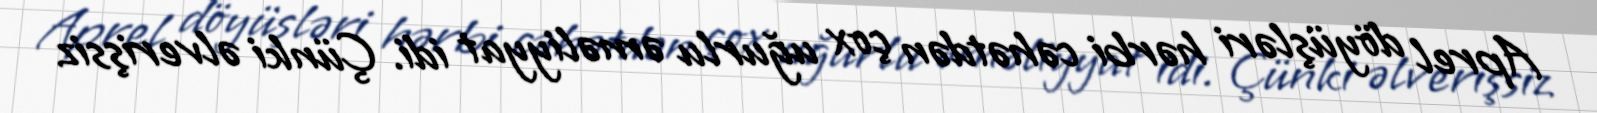
Aprel döyüşləri hərbi cəhətdən çox uğurlu əməliyyat idi. Çünki əlverişsiz